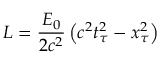
L = \frac { E _ { 0 } } { 2 c ^ { 2 } } \left( c ^ { 2 } t _ { \tau } ^ { 2 } - x _ { \tau } ^ { 2 } \right)